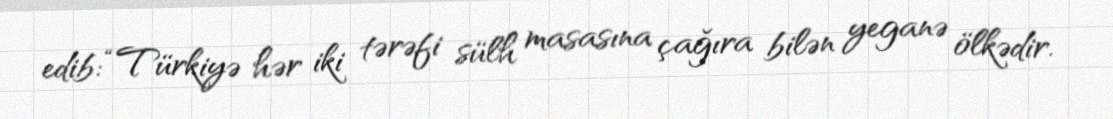
edib: “Türkiyə hər iki tərəfi sülh masasına çağıra bilən yeganə ölkədir.